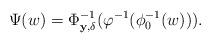
LaTeX: \begin{align*}\Psi(w) =\Phi_{{\bf y},\delta}^{-1}(\varphi^{-1}(\phi_0^{-1}(w))).\end{align*}